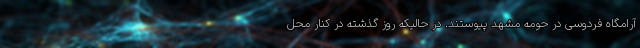
آرامگاه فردوسی در حومه مشهد پیوستند. در حالیکه روز گذشته در کنار محل